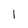
Character: 1